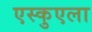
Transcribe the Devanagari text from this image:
एस्कुएला